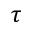
\tau